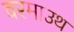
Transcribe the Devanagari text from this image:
वरमाउथ